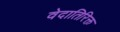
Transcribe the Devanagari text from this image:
वेदातिरिक्त